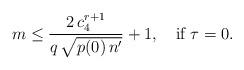
LaTeX: \begin{align*} m\le\frac{2\,c_4^{r+1}}{ q\,\sqrt{p(0)\,n'}}+1, \quad\hbox{if }\tau=0. \end{align*}